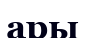
ары